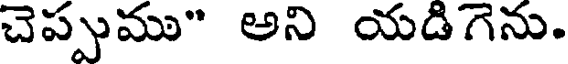
చెప్పుము" అని యడిగెను.